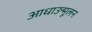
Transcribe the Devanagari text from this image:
आधाउन्मूलन